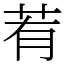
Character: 䒴